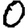
Digit: 0